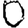
Digit: 0